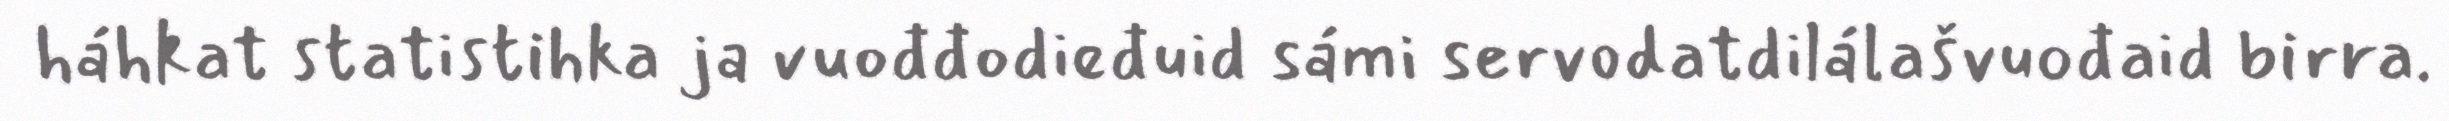
háhkat statistihka ja vuođđodieđuid sámi servodatdilálašvuođaid birra.